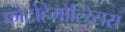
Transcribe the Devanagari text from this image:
फोटोहेमोल्य्सिस